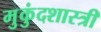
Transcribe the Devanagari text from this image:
मुुकुंदशास्त्री